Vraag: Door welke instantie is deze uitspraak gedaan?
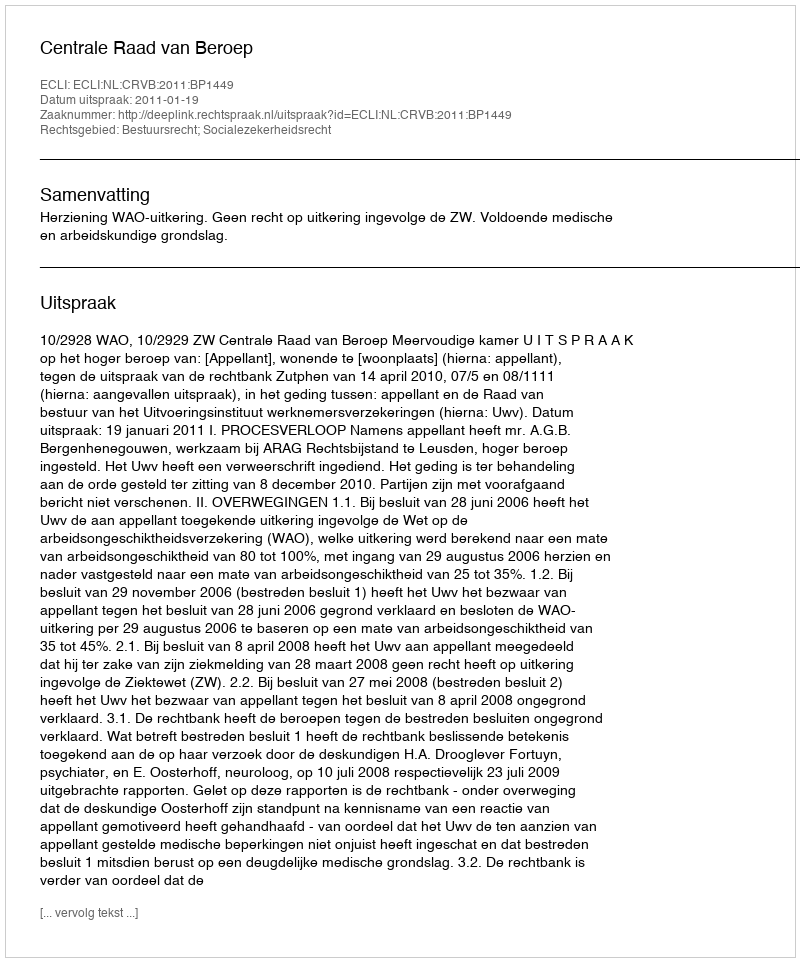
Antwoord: Centrale Raad van Beroep